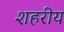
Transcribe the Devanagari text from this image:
शहरीय